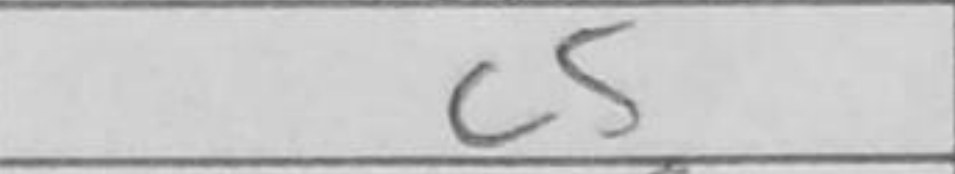
Transcription: c5